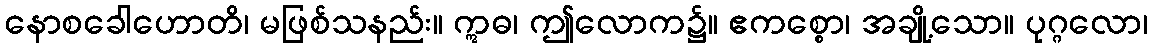
နောစခေါဟောတိ၊ မဖြစ်သနည်း။ ဣဓ၊ ဤလောက၌။ ဧကစ္စော၊ အချို့သော။ ပုဂ္ဂလော၊